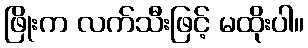
ဖြိုးက လက်သီးဖြင့် မထိုးပါ။